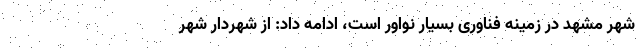
شهر مشهد در زمینه فناوری بسیار نواور است، ادامه داد: از شهردار شهر